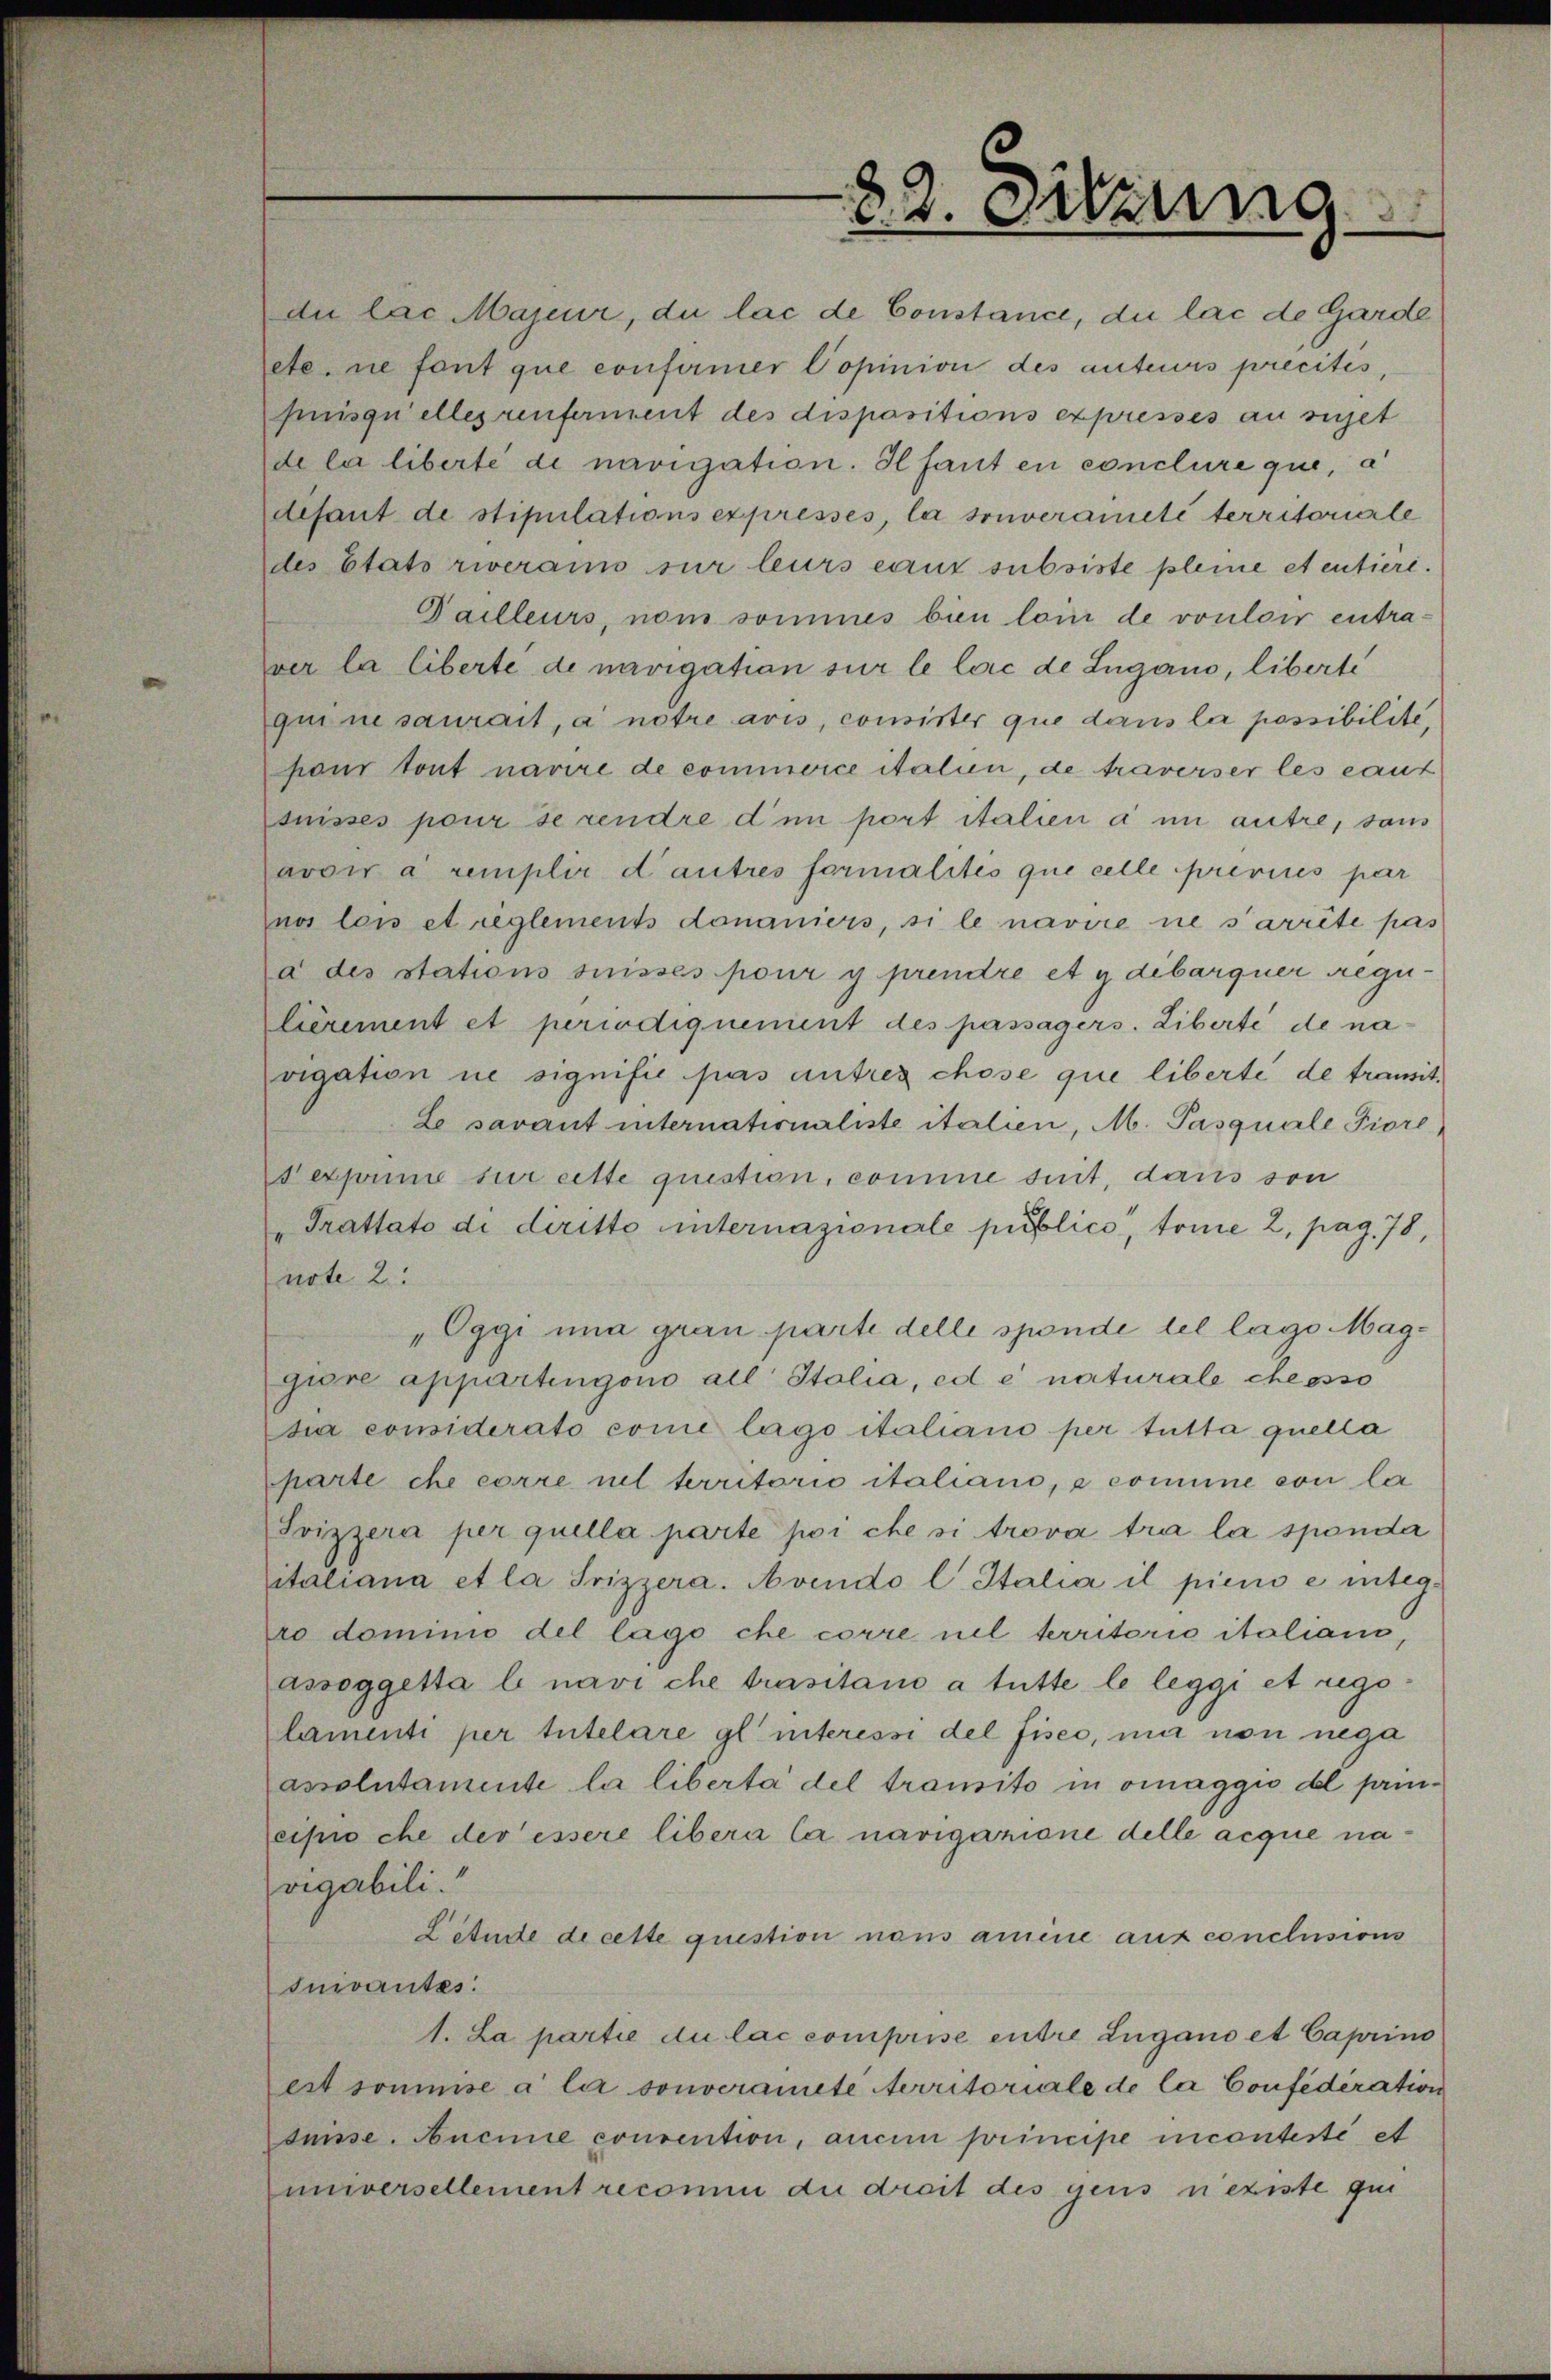
82. Sitzung
du lac Majeur, du lac de Constance, du lac de Garde
etc. ne font que confirmer l'opinion des auteurs précités,
puisqu'elles renferment des dispositions expresses au sujet
de la liberté de navigation. Il faut en conclure que, à
défaut de stipulations expresses, la souveraineté territoriale
des Etats riverains sur leurs eaux subsiste pleine et entière.
D'ailleurs, nous sommes bien loin de vouloir entra¬
ver la liberté de navigation sur le lac de Lugano, liberté
qui ne saurait, à notre avis, consister que dans la possibilité,
pour tout navire de commerce italien, de traverser les eaux
suisses pour se rendre d'un port italien à un autre, sans
avoir à remplir d'autres formalités que celle prévues par
nos lois et règlements douaniers, si le navire ne s'arrête pas
à stations suisses pour y prendre et y débarquer régu¬
lièrement et périodiquement des passagers. Liberté de na¬
vigation ne signifie pas autres chose que liberté de transit.
Le savant internationaliste italien, M. Pasquale Fiore,
s'exprime sur sette question, comme suit, dans son
"Trattato di diritto internazionale pubblico", tome 2, pag. 78,
note 2:
"Oggi una gran parte delle sponde del lago Mag¬
giore appartengono all'Italia, ed è naturale che esso
sia considerato come lago italiano per tutta quella
parte che corre sul territorio italiano, e comune con la
Svizzera per quella parte poi che si trova tra la sponda
italiana et la Svizzera. Avendo l'Italia il pieno e integ¬
ro dominio del lago che corre nel territorio italiano,
assoggetta le navi che trasitano a tutte le leggi et rego¬
lamenti per tutelare gl'interessi del fisco, ma non nega
assolutamente la libertà del transito in omaggio del prin¬
cipio che dev'essere libera la navigazione delle acque na¬
vigabili."
L'étude de cette question nous amène aux conclusions
suivantes:
1. La partie du lac comprise entre Lugano et Caprino
est soumise à la souveraineté territoriale de la Confédération
suisse. Aucune convention, aucun principe incontesté et
universellement reconnu du droit des gens n'existe qui